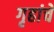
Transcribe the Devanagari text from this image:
गृहांचे